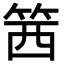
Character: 䇴